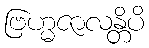
ဗြဟ္မဇာလန္တိပိ